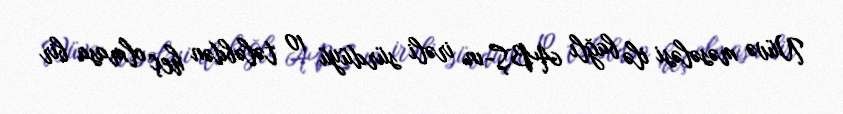
Nüvə məsələsi ilə bağlı ABŞ-ın irəli sürdüyü 10 tələbdən heç olmasa bir